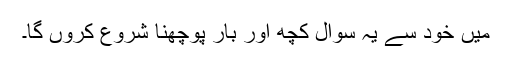
میں خود سے یہ سوال کچھ اور بار پوچھنا شروع کروں گا۔